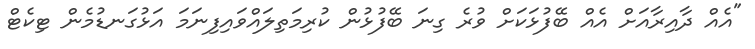
"އެއް ދާއިރާއަށް އެއް ބޭފުޅަކަށް ވުރެ ގިނަ ބޭފުޅުން ކުރިމަތިލައްވައިފިނަމަ އަޅުގަނޑުމެން ޓިކެޓް